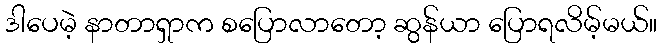
ဒါပေမဲ့ နာတာရှာက စပြောလာတော့ ဆွန်ယာ ပြောရလိမ့်မယ်။